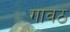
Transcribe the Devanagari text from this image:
गावठ